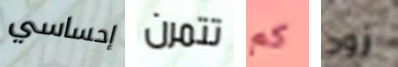
إحساسي تتمرن كم زود